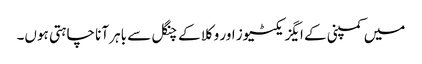
میں کمپنی کے ایگزیکٹیوز اور وکلا کے چنگل سے باہر آنا چاہتی ہوں۔